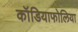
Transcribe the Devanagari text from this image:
कॉडियाफोलिया